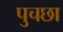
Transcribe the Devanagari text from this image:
पुचछा